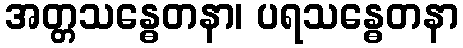
အတ္တသန္ဓေတနာ၊ ပရသန္ဓေတနာ